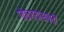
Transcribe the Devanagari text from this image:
गोठण्यासंबंधी